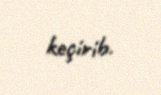
keçirib.